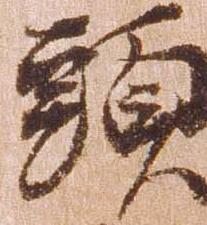
頭